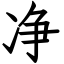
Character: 净